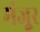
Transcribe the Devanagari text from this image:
मंजूुर